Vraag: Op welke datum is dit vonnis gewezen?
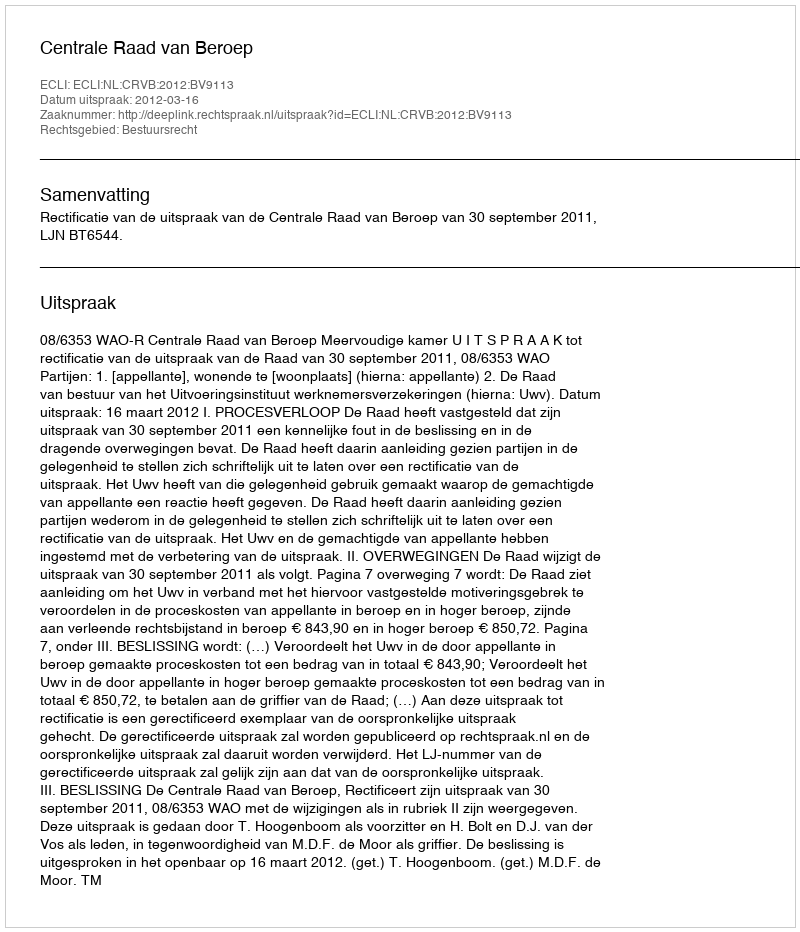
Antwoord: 2012-03-16